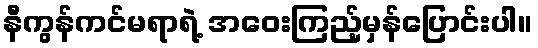
နီကွန်ကင်မရာရဲ့ အဝေးကြည့်မှန်ပြောင်းပါ။